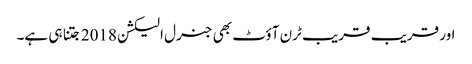
اور قریب قریب ٹرن آؤٹ بھی جنرل الیکشن 2018 جتنا ہی ہے۔